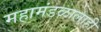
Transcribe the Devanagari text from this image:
महामंडळालाही